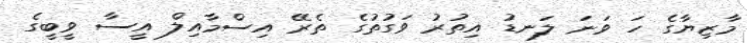
މާޒިޔާގެ ހަ ވަނަ ލަނޑު އިތުރު ވަގުތުގެ ތެރޭ އިސްމާއިލް އީސާ ވީބީގެ